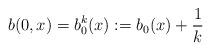
LaTeX: \begin{align*}b(0,x)=b_0^k(x):=b_0(x)+\frac{1}{k} \end{align*}